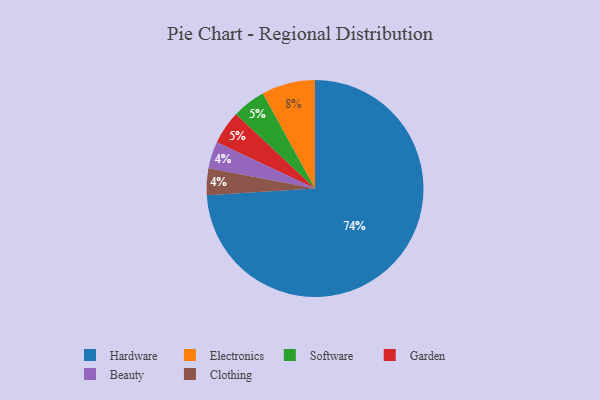
{"axis": {"x": "Category", "y": "Percentage"}, "legend": ["Beauty", "Clothing", "Electronics", "Garden", "Hardware", "Software"], "data": [{"x": "Electronics", "y": 8, "type": "Electronics"}, {"x": "Software", "y": 5, "type": "Software"}, {"x": "Beauty", "y": 4, "type": "Beauty"}, {"x": "Clothing", "y": 4, "type": "Clothing"}, {"x": "Hardware", "y": 74, "type": "Hardware"}, {"x": "Garden", "y": 5, "type": "Garden"}]}